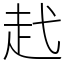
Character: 䞖